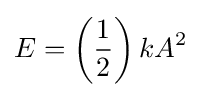
E=\left({\frac {1}{2}}\right)kA^{2}